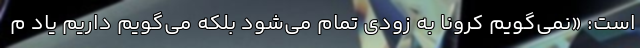
است: «نمی‌گویم کرونا به زودی تمام می‌شود بلکه می‌گویم داریم یاد م